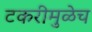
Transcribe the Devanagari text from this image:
टकरीमुळेच